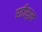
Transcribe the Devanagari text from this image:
रतीसुख